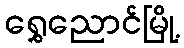
ရွှေညောင်မြို့